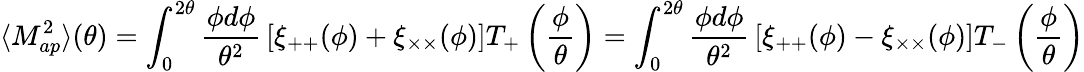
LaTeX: \langle M_{ap}^{2}\rangle(\theta)=\int_{0}^{2\theta}{\frac{\phi d\phi}{\theta^{2}}}\left[\xi_{++}(\phi)+\xi_{\times\times}(\phi)\right]T_{+}\left({\frac{\phi}{\theta}}\right)=\int_{0}^{2\theta}{\frac{\phi d\phi}{\theta^{2}}}\left[\xi_{++}(\phi)-\xi_{\times\times}(\phi)\right]T_{-}\left({\frac{\phi}{\theta}}\right)